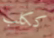
ككلب